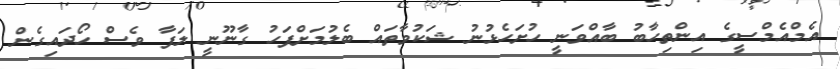
އެމްއެމްސީގެ އިންތިހާބު ބާއްވަނީ ހުށަހެޅުނު ޝަކުވާތައް ބެލުމަށްފަހު ގާނޫނީ ލަފާ ވެސް ހޯދައިގެން